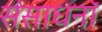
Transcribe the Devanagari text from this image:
संसाधनॉ